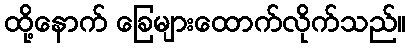
ထို့နောက် ခြေများထောက်လိုက်သည်။